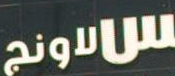
الاونج